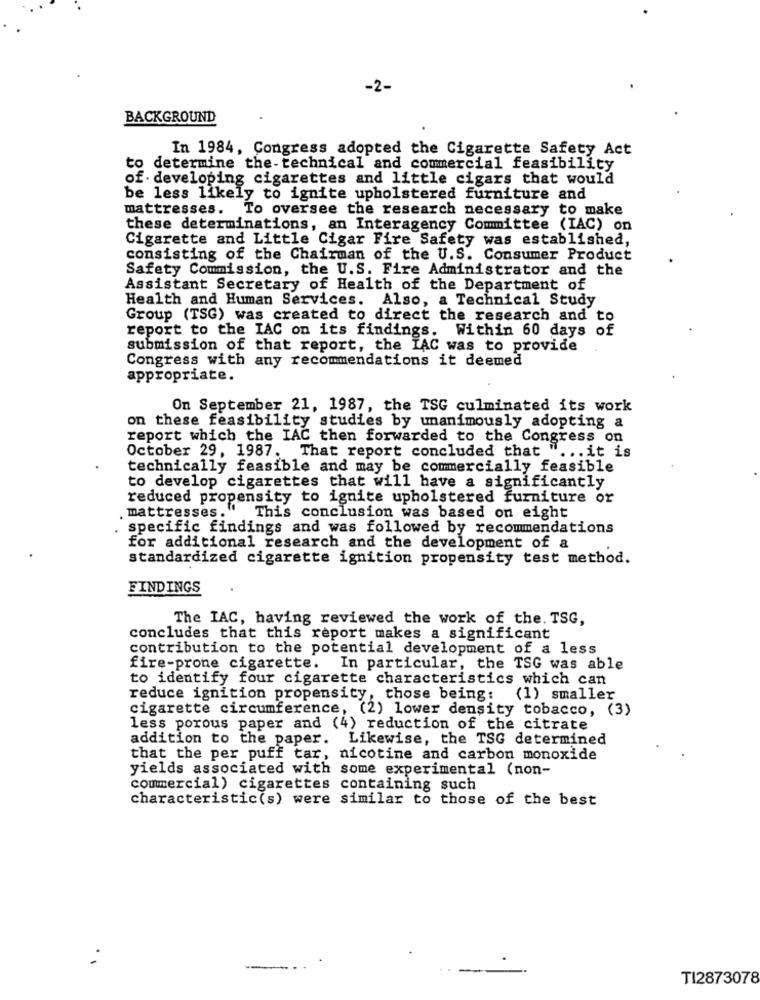
-2-
BACKGROUND
In 1984, Congress adopted the Cigarette Safety Act
to determine the-technical and commercial feasibility
of developing cigarettes and little cigars that would
be less likely to ignite upholstered furniture and
mattresses. To oversee the research necessary to make
these determinations, an Interagency Committee (IAC) on
Cigarette and Little Cigar Fire Safety was established,
consisting of the Chairman of the U.S. Consumer Product
Safety Commission, the U.S. Fire Administrator and the
Assistant Secretary of Health of the Department of
Health and Human Services.
Also, a Technical Study
Group (TSG) was created to direct the research and to
report to the IAC on its findings. Within 60 days of
submission of that report, the IAC was to provide
Congress with any recommendations it deemed
appropriate.
On September 21, 1987, the TSG culminated its work
on these feasibility studies by unanimously adopting a
report which the IAC then forwarded to the Congress on
October 29, 1987. That report concluded that " ... it is
technically feasible and may be commercially feasible
to develop cigarettes that will have a significantly
reduced propensity to ignite upholstered furniture or
. mattresses. "
This conclusion was based on eight
specific findings and was followed by recommendations
for additional research and the development of a
standardized cigarette ignition propensity test method.
FINDINGS
The IAC, having reviewed the work of the. TSG,
concludes that this report makes a significant
contribution to the potential development of a less
fire-prone cigarette. In particular, the TSG was able
to identify four cigarette characteristics which can
reduce ignition propensity, those being:
(1) smaller
cigarette circumference, (2) lower density tobacco, (3)
less porous paper and (4) reduction of the citrate
addition to the paper. Likewise, the TSG determined
that the per puff tar, nicotine and carbon monoxide
yields associated with some experimental (non-
commercial) cigarettes containing such
characteristic(s) were similar to those of the best
TI2873078